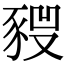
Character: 𧱣